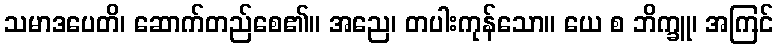
သမာဒပေတိ၊ ဆောက်တည်စေ၏။ အညေ၊ တပါးကုန်သော။ ယေ စ ဘိက္ခူ၊ အကြင်